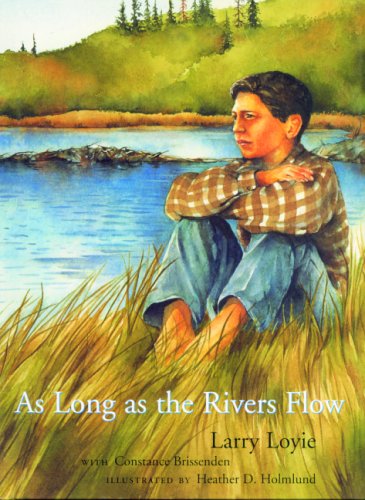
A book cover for As Long as the Rivers Flow; Larry Loyie; Biographies & Memoirs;